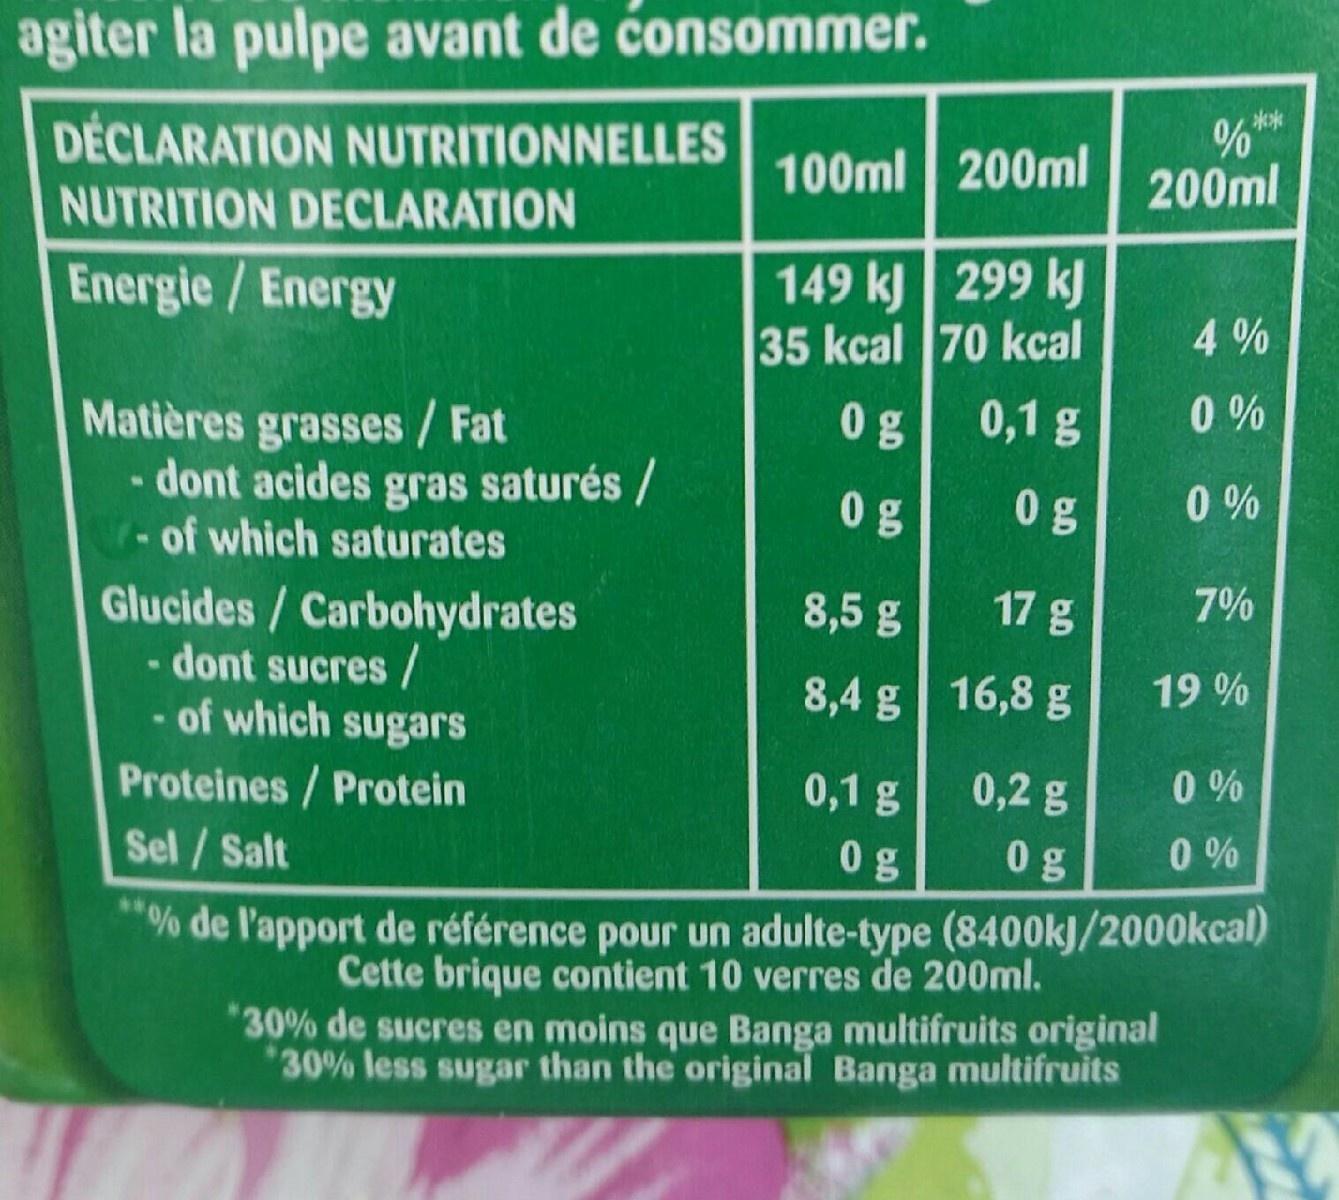
agiter la pulpe avant de consommer.
**
DECLARATION NUTRITIONNELLES
100ml 200ml
200ml
NUTRITION DECLARATION
149 kJ 299 kJ 35 kcal 70 kcal 0,1 g
Energie/Energy
4 %
0 %
0 g
Matières grasses / Fat - dont acides gras saturés / -of which saturates
0g
0 g
0 %
8,5 g
17 g
7%
Glucides / Carbohydrates - dont sucres / of which sugars
19 %
8,4 g 16,8 g
NO
Proteines/Protein
0,1 g
0,2 g
0 %
Sel / Salt
0 g
0g
0 %
% de l'apport de référence pour un adulte-type (8400kJ/2000kcal) Cette brique contient 10 verres de 200ml. 30% de sucres en moins que Banga multifruits original *30% less sugar than the original Banga multifruits